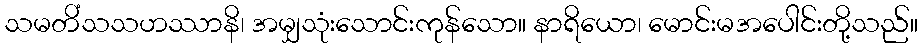
သမတိံသသဟဿာနိ၊ အမျှသုံးသောင်းကုန်သော။ နာရိယော၊ မောင်းမအပေါင်းတို့သည်။